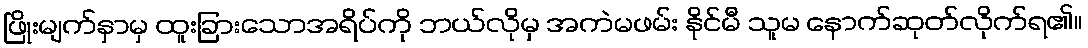
ဖြိုးမျက်နှာမှ ထူးခြားသောအရိပ်ကို ဘယ်လိုမှ အကဲမဖမ်း နိုင်မီ သူမ နောက်ဆုတ်လိုက်ရ၏။